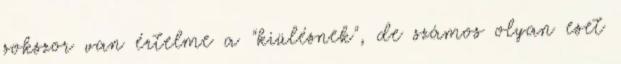
sokszor van értelme a "kiülésnek", de számos olyan eset